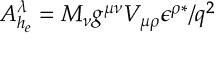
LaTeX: A _ { h _ { e } } ^ { \lambda } = M _ { \nu } g ^ { \mu \nu } V _ { \mu \rho } \epsilon ^ { \rho \ast } / q ^ { 2 }